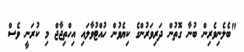
"ބެލެނިވެރިން ބުނާ ގޮތުން ދަރިވަރުންގެ ކިޔެވުން ހުއްޓުވާލައި އިހްތިޖާޖް މި ކުރަނީ ވެސް